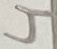
Text: 4